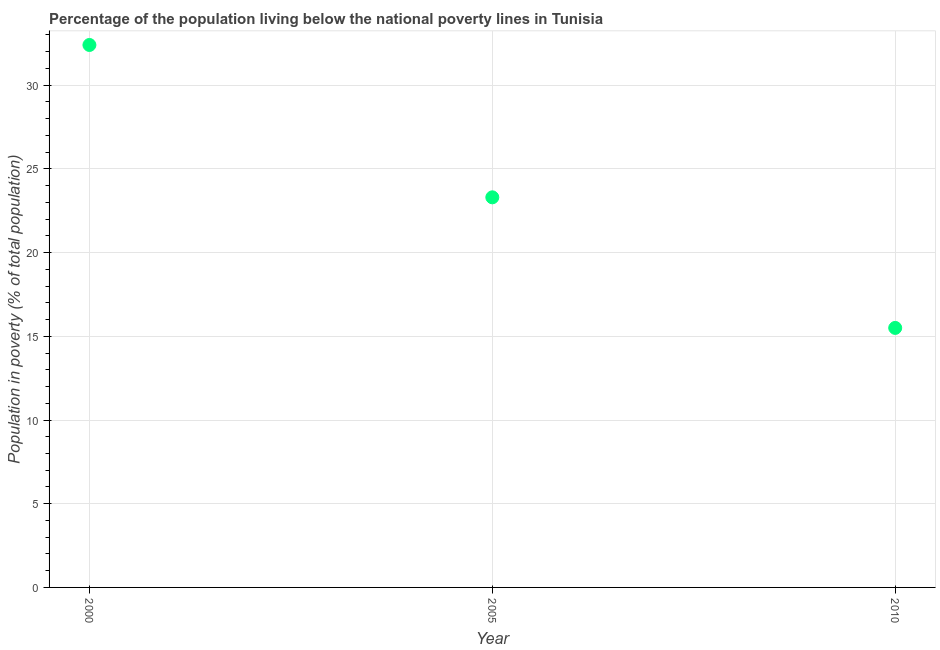
| Year | Poverty headcount ratio |
 | --- | --- |
 | 2000 | 32.4 |
 | 2005 | 23.3 |
 | 2010 | 15.5 |